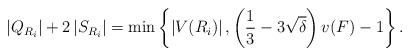
LaTeX: \begin{align*}\left|{{Q_{{R_i}}}} \right| + 2\left| {{S_{{R_i}}}} \right| = \min \left\{ {\left| {V({R_i})} \right|,\left( {\frac{1}{3} - 3\sqrt \delta } \right)v(F) - 1} \right\}.\end{align*}